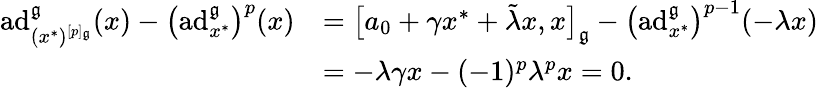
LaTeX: \begin{array}{rl}{\mathrm{ad}_{(x^{*})^{[p]_{\mathfrak{g}}}}^{\mathfrak{g}}(x)-\bigl(\mathrm{ad}_{x^{*}}^{\mathfrak{g}}\bigr)^{p}(x)}&{=\big[a_{0}+\gamma x^{*}+\tilde{\lambda}x,x\big]_{\mathfrak{g}}-\bigl(\mathrm{ad}_{x^{*}}^{\mathfrak{g}}\bigr)^{p-1}(-\lambda x)}\\ &{=-\lambda\gamma x-(-1)^{p}\lambda^{p}x=0.}\end{array}